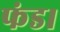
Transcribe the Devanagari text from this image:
फंड।